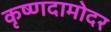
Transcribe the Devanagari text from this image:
कृष्णदामोदर